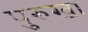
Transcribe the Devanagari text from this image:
पुरुखा